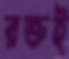
রক্তই